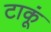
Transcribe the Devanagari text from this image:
टाकूं